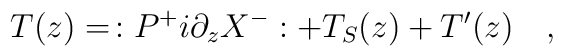
T(z)=\,:P^{+}i\partial _zX^{-}:+T_S(z)+T^{\prime }(z)\quad ,